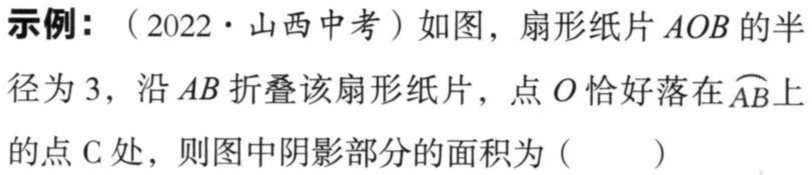
示例：（2022·山西中考）如图，扇形纸片\(AOB\)的半径为\(3\)，沿\(AB\)折叠该扇形纸片，点\(O\)恰好落在\(\overset{\frown}{AB}\)上的点\(C\)处，则图中阴影部分的面积为（  ）